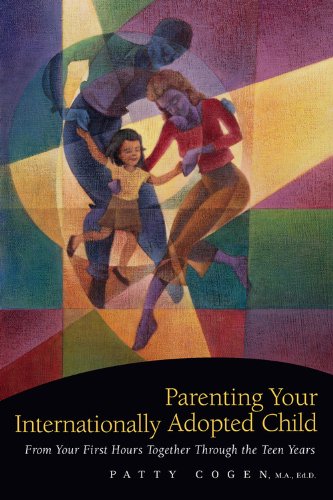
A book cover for Parenting Your Internationally Adopted Child: From Your First Hours Together Through the Teen Years; Patty Cogen; Parenting & Relationships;